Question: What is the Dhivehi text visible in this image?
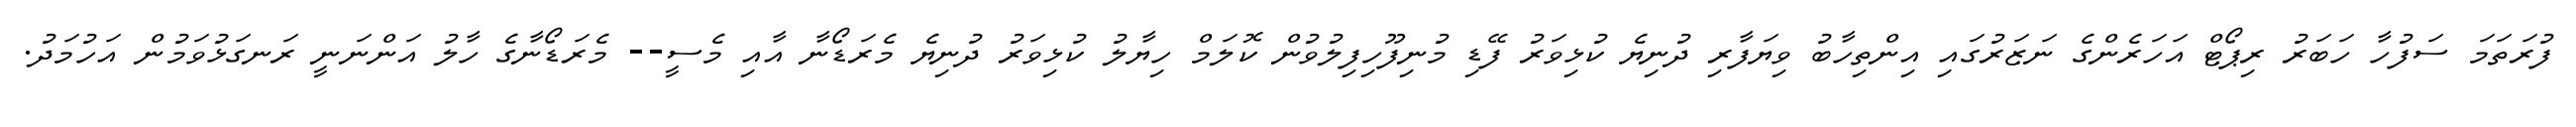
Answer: ފުރަތަމަ ސަފުހާ ހަބަރު ރިޕޯޓް އަހަރެންގެ ނަޒަރުގައި އިންތިހާބު ވިޔަފާރި ދުނިޔެ ކުޅިވަރު ފޭޑި މުނިފޫހިފިލުވުން ކޮލަމް ހިޔާލު ކުޅިވަރު ދުނިޔެ މެރަޑޯނާ އާއި މެސީ-- މެރަޑޯނާގެ ހާލު އަންނަނީ ރަނގަޅުވަމުން އަހުމަދު.